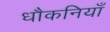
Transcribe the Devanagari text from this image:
धौकनियाँ